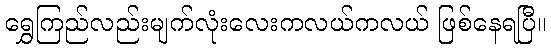
ရွှေကြည်လည်းမျက်လုံးလေးကလယ်ကလယ် ဖြစ်နေရပြီ။